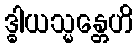
ဒ္ဓါယသ္မန္တေဟိ